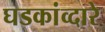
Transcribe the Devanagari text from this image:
घडकांव्दारे